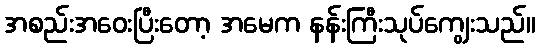
အစည်းအဝေးပြီးတော့ အမေက နန်းကြီးသုပ်ကျွေးသည်။